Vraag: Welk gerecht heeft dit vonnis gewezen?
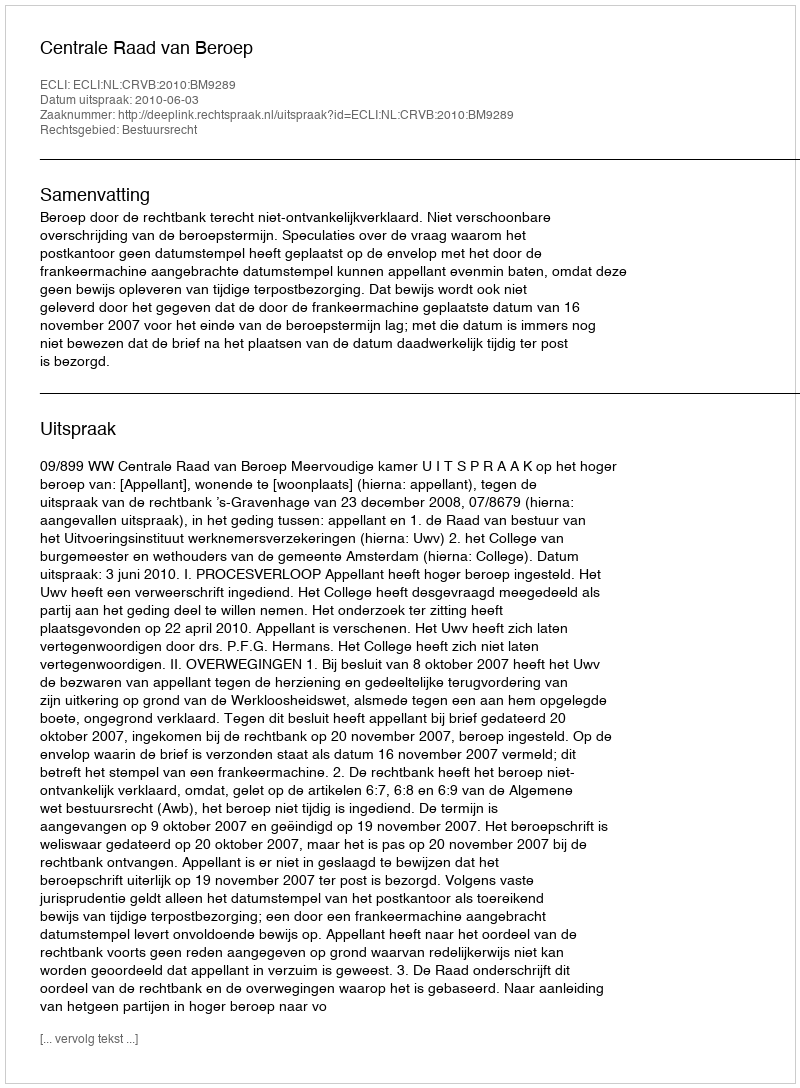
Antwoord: Centrale Raad van Beroep